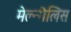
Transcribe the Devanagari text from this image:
मेल्न्गैलिस